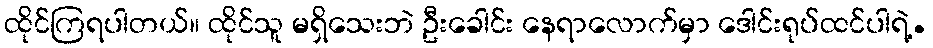
ထိုင်ကြရပါတယ်။ ထိုင်သူ မရှိသေးဘဲ ဦးခေါင်း နေရာလောက်မှာ ဒေါင်းရုပ်ထင်ပါရဲ့.